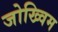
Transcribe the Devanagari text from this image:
जोख्विम